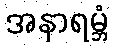
အနာရမ္ဘံ